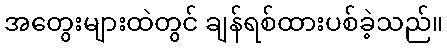
အတွေးများထဲတွင် ချန်ရစ်ထားပစ်ခဲ့သည်။